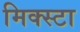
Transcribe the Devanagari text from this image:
मिक्स्टा